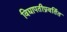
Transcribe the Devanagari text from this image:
विद्यापतीप्रवर्तित